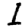
Digit: 1